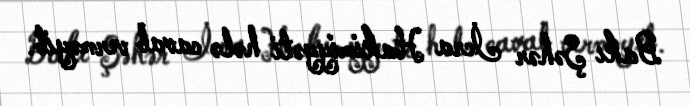
Bakı Şəhər İcra Hakimiyyəti hələ cavab verməyib.